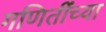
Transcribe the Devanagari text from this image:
गणितींच्या